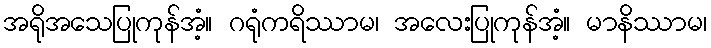
အရိုအသေပြုကုန်အံ့။ ဂရုံကရိဿာမ၊ အလေးပြုကုန်အံ့။ မာနိဿာမ၊